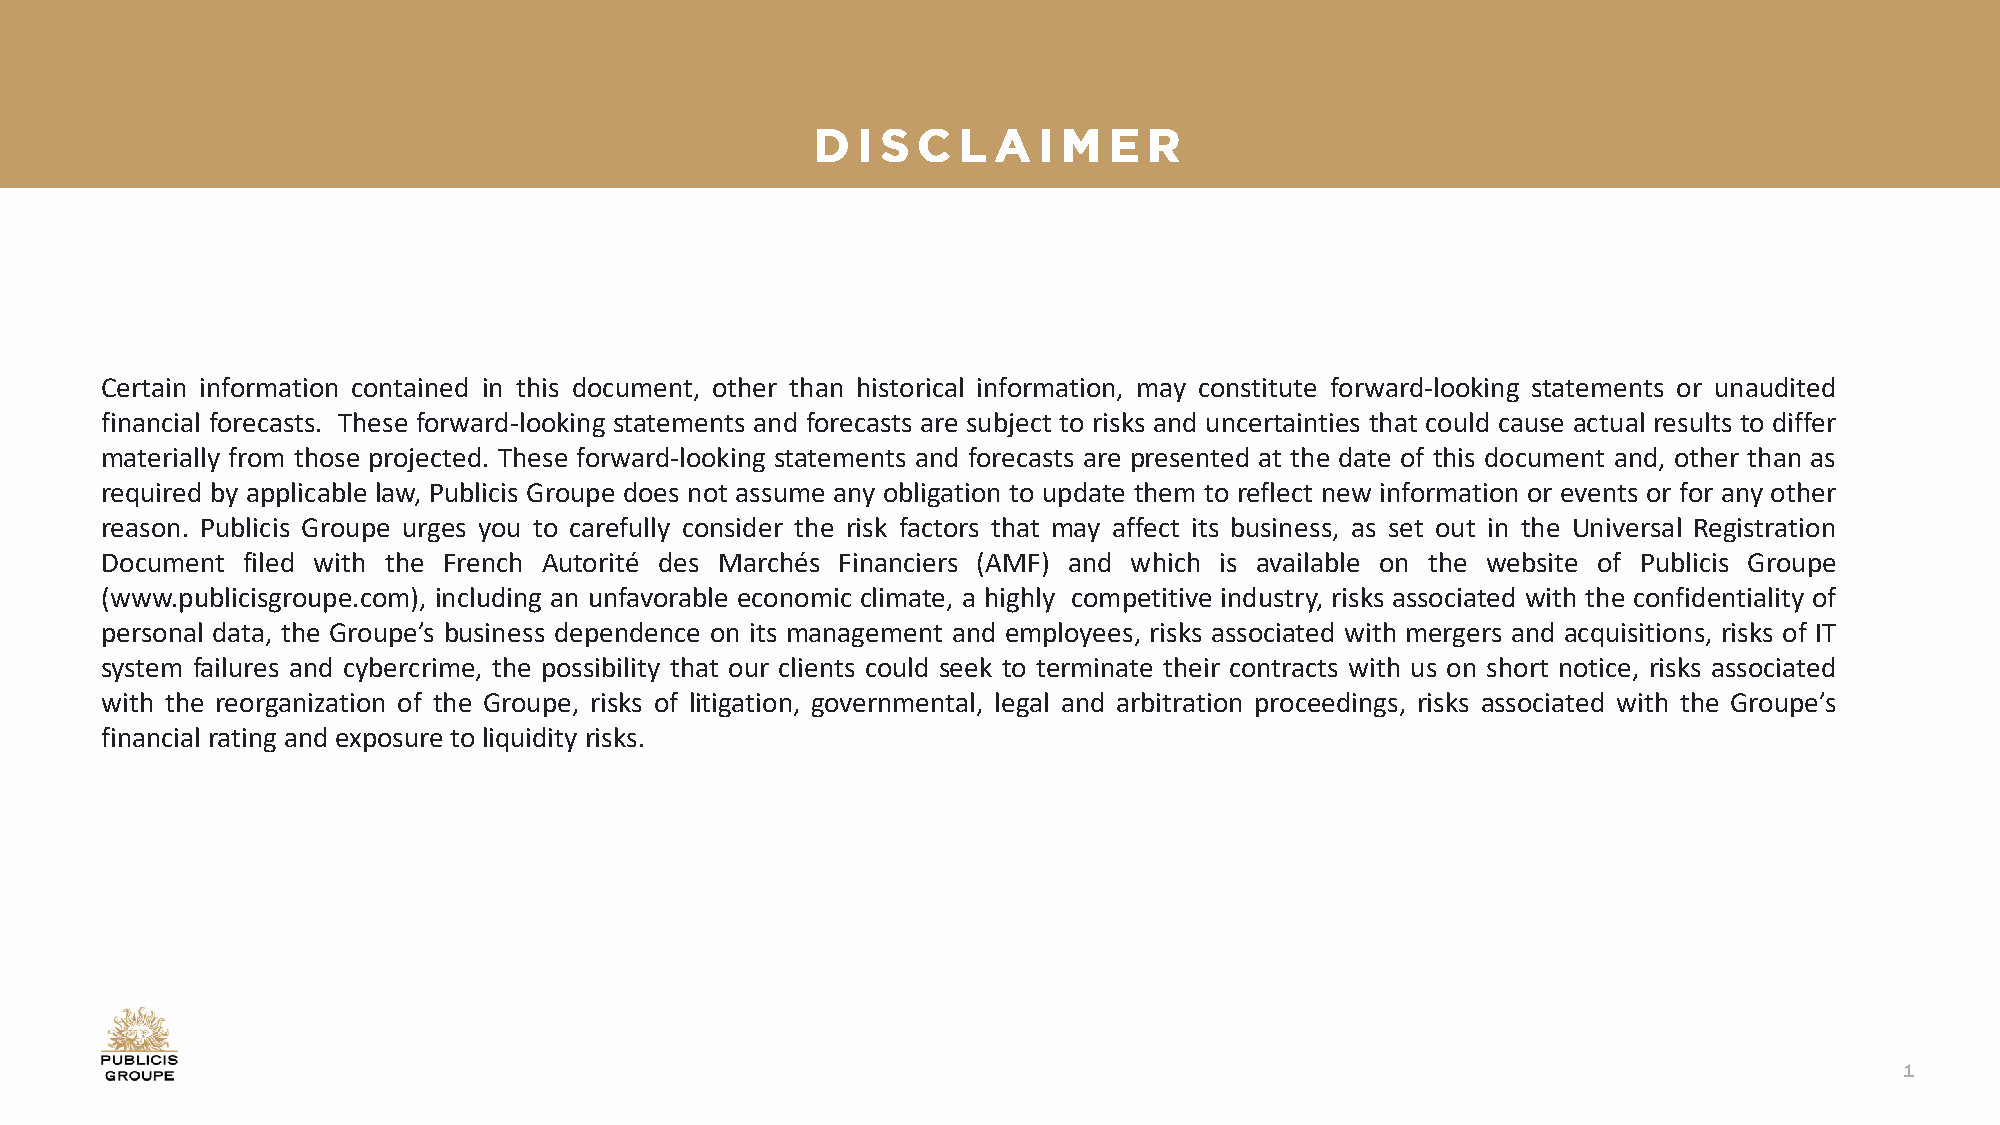
Certain information contained in this document, other than historical information, may constitute forward-looking statements or unaudited
 financial forecasts. These forward-looking statements and forecasts are subject to risks and uncertainties that could cause actual results to differ
 materially from those projected. These forward-looking statements and forecasts are presented at the date of this document and, other than as
 required by applicable law, Publicis Groupe does not assume any obligation to update them to reflect new information or events or for any other
 reason. Publicis Groupe urges you to carefully consider the risk factors that may affect its business, as set out in the Universal Registration
 Document filed with the French Autorité des Marchés Financiers (AMF) and which is available on the website of Publicis Groupe
 (www.publicisgroupe.com), including an unfavorable economic climate, a highly competitive industry, risks associated with the confidentiality of
 personal data, the Groupe’s business dependence on its management and employees, risks associated with mergers and acquisitions, risks of IT
 system failures and cybercrime, the possibility that our clients could seek to terminate their contracts with us on short notice, risks associated
 with the reorganization of the Groupe, risks of litigation, governmental, legal and arbitration proceedings, risks associated with the Groupe’s
 financial rating and exposure to liquidity risks.
 1